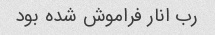
رب انار فراموش شده بود